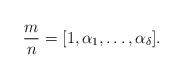
\begin{align*} \frac{m}{n}=[1,\alpha_1,\ldots,\alpha_\delta]. \end{align*}